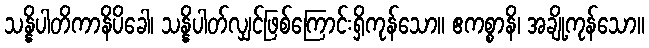
သန္နိပါတိကာနိပိခေါ၊ သန္နိပါတ်လျှင်ဖြစ်ကြောင်းရှိကုန်သော။ ဧကစ္စာနိ၊ အချို့ကုန်သော။